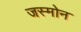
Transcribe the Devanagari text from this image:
जस्मोन